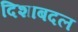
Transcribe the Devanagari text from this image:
दिशाबदल